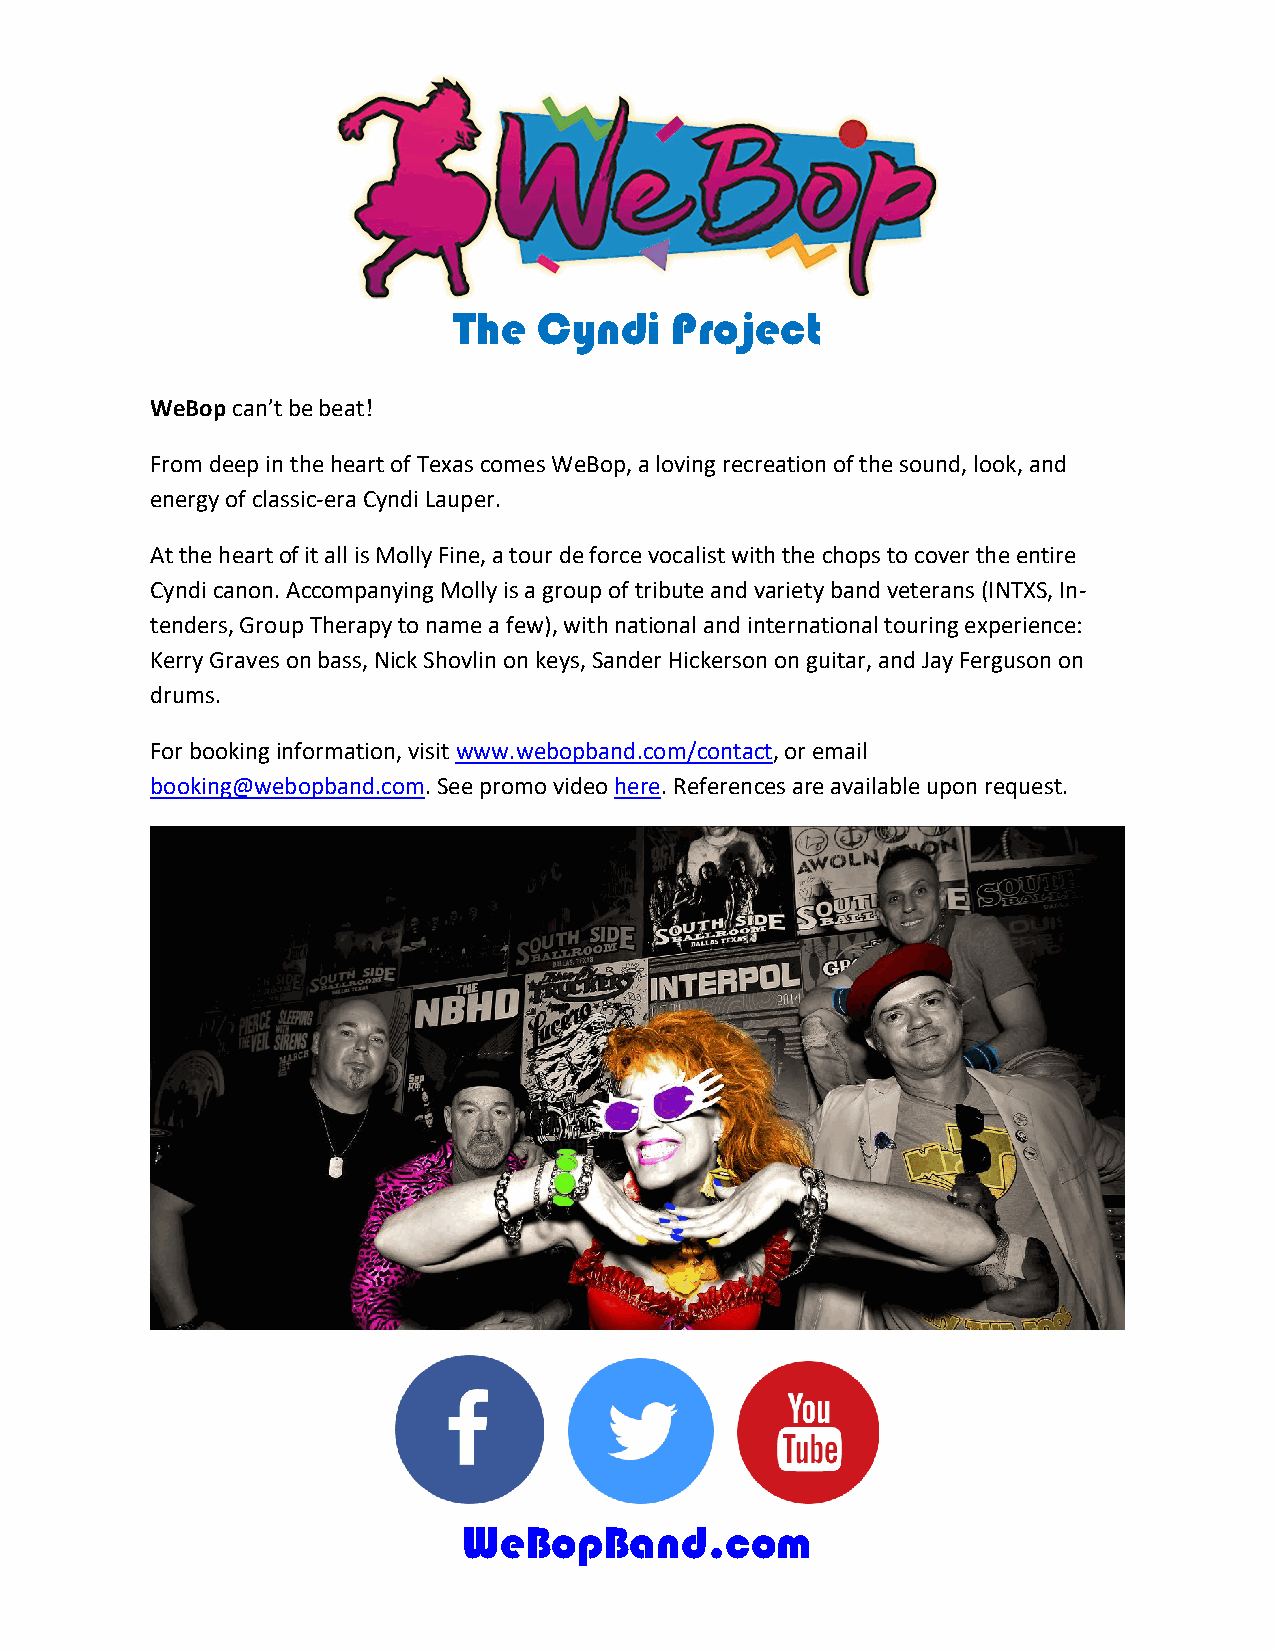
The   Cyndi    Project
 WeBop can’t be beat!
 From deep in the heart of Texas comes WeBop, a loving recreation of the sound, look, and
 energy of classic-era Cyndi Lauper.
 At the heart of it all is Molly Fine, a tour de force vocalist with the chops to cover the entire
 Cyndi canon. Accompanying Molly is a group of tribute and variety band veterans (INTXS, In-
 tenders, Group Therapy to name a few), with national and international touring experience:
 Kerry Graves on bass, Nick Shovlin on keys, Sander Hickerson on guitar, and Jay Ferguson on
 drums.
 For booking information, visit www.webopband.com/contact, or email
 booking@webopband.com. See promo video here. References are available upon request.
 WeBopBand.com